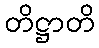
တိဋ္ဌာတိ